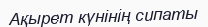
Ақырет күнінің сипаты